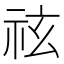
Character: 𥙆